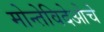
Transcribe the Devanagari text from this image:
मोन्तेविदेओचे